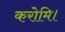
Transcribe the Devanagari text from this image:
करोमि।